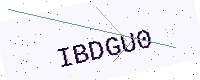
Text: IBDGU0